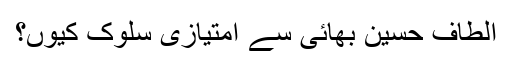
الطاف حسین بھائی سے امتیازی سلوک کیوں؟